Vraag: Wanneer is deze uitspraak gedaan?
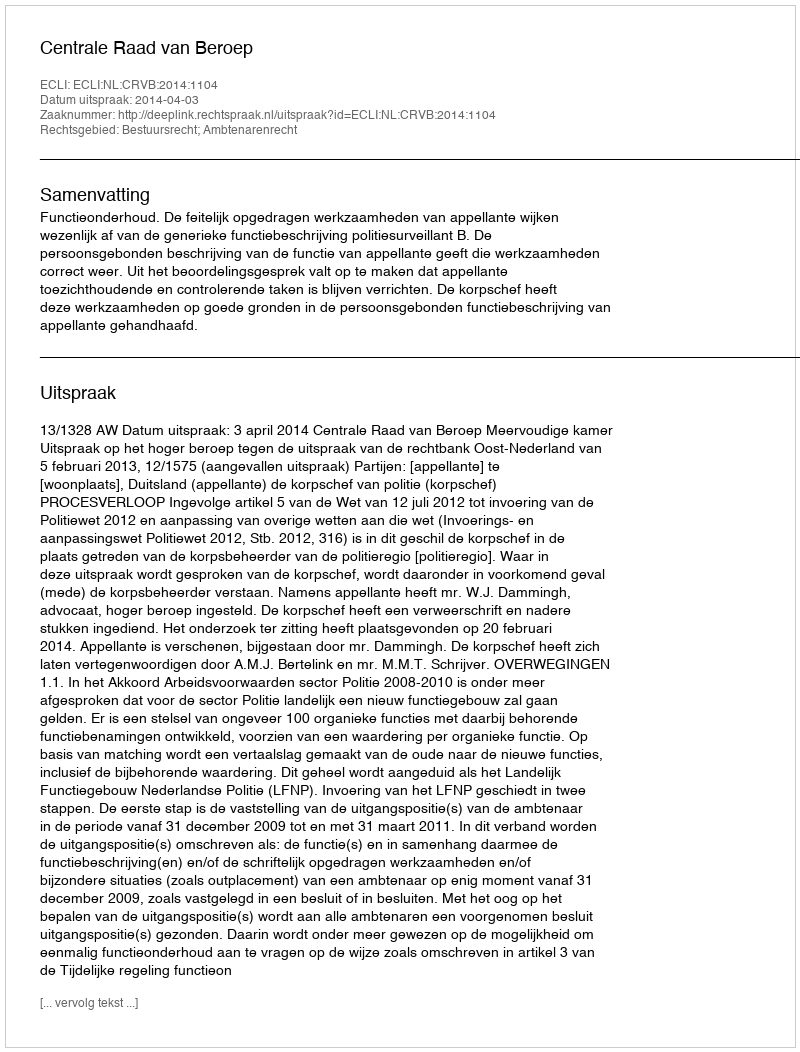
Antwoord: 2014-04-03